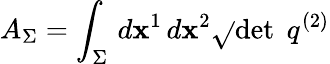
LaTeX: A_{\Sigma}=\int_{\Sigma}\, d\mathbf{x}^{1}\, d\mathbf{x}^{2}{\sqrt{}{{\operatorname*{det}\; q^{(2)}}}}